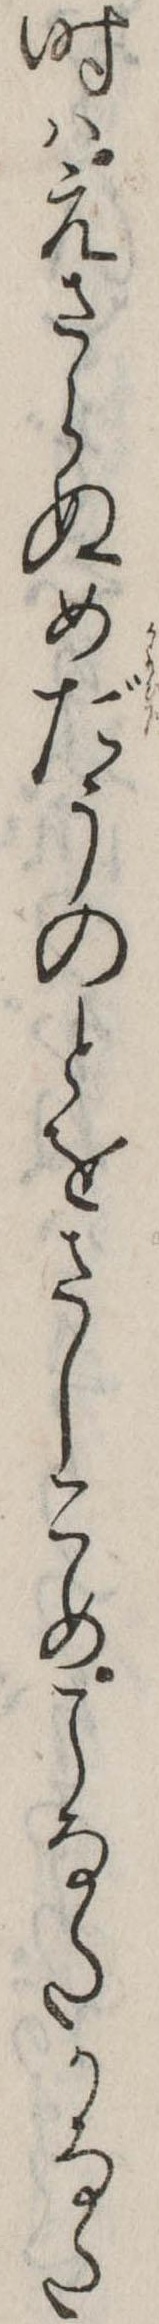
時はえさらぬめだうのとをさしこめこなたかなた